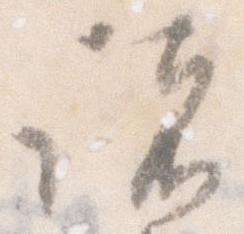
諸